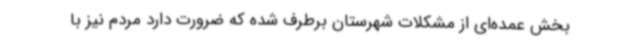
بخش عمده‌ای از مشکلات شهرستان برطرف شده که ضرورت دارد مردم نیز با